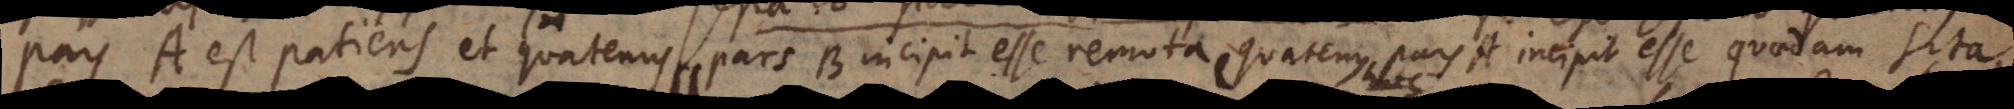
pars A est patiens et quatenus pars B incipit esse remota quatenus pars A incipit esse quaedam sita.